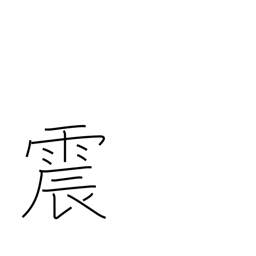
Meaning: quake